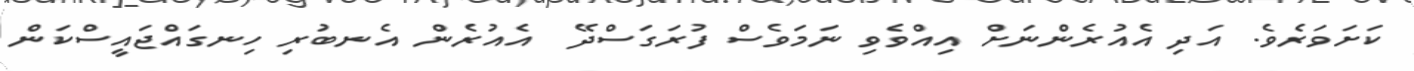
ކަށަވަރެވެ. އަދި އެއުރެންނަށް އިއްވެވި ނަމަވެސް ފުރަގަސްދޭ  އެއުރެން އެނބުރި ހިނގައްޖައީސްކަން